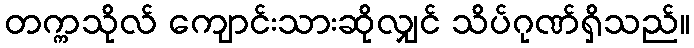
တက္ကသိုလ် ကျောင်းသားဆိုလျှင် သိပ်ဂုဏ်ရှိသည်။